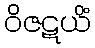
ဝိဇဋယိံ